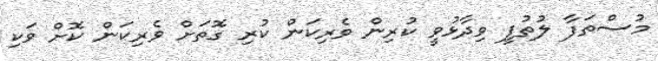
މުސްތަފާ ލުތުފީ ވިދާޅުވީ ކުރިން ވެރިކަން ކުރި ގޮތަށް ވެރިކަން ކޮށް ވަކި